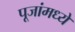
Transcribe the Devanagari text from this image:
पूजांमध्ये